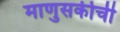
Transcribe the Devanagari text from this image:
माणुसकीची